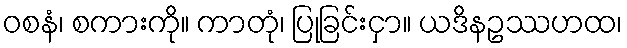
ဝစနံ၊ စကားကို။ ကာတုံ၊ ပြုခြင်းငှာ။ ယဒိနဥဿဟထ၊